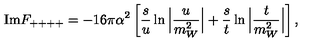
\mathrm { I m } F _ { + + + + } = - 1 6 \pi \alpha ^ { 2 } \left[ \frac { s } { u } \ln \Big | \frac { u } { m _ { W } ^ { 2 } } \Big | + \frac { s } { t } \ln \Big | \frac { t } { m _ { W } ^ { 2 } } \Big | \right] ,